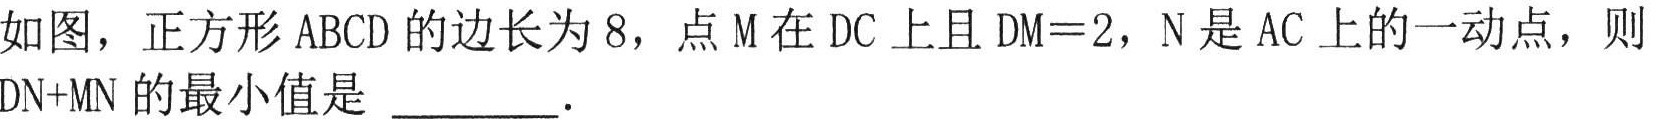
如图，正方形 \(ABCD\) 的边长为 \(8\)，点 \(M\) 在 \(DC\) 上且 \(DM = 2\)，\(N\) 是 \(AC\) 上的一动点，则 \(DN + MN\) 的最小值是 \(\underline{\quad\quad}\)．